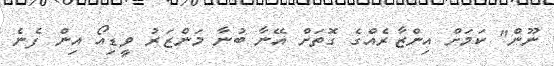
ނޫން" ކަމަށް އިންޒާރެއްގެ ގޮތަށް އޭނާ ބުނާ މަންޒަރު ވީޑިއޯ އިން ފެނެ